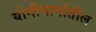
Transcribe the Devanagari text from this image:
योनीमार्गातील